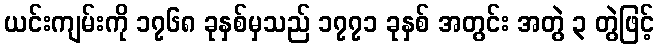
ယင်းကျမ်းကို ၁၇၆၈ ခုနှစ်မှသည် ၁၇၇၁ ခုနှစ် အတွင်း အတွဲ ၃ တွဲဖြင့်